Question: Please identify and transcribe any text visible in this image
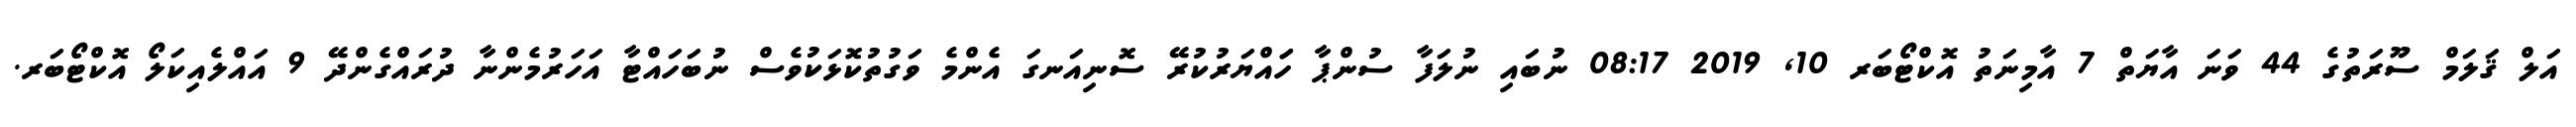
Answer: އަލް ޤަލަމް ސޫރަތުގެ 44 ވަނަ އާޔަތް 7 އާމިނަތު އޮކްޓޯބަރ 10, 2019 08:17 ނުބައި ނުލަފާ ސުންޕާ ހަައްޔަރުކުރޭ ސޮނިއަނގަ އެންމެ ވަގުތުކޮޅަކުވެސް ނުބަހައްޓާ އަހަރުމެންނާ ދުރައްގެންދޭ 9 އައްލެއިކަލޯ އޮކްޓޯބަރ.